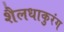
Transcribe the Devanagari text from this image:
शैलधाकुरंग